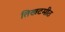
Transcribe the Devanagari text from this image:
तिखटमीठ